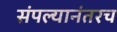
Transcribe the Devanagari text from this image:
संपल्यानंतरच